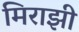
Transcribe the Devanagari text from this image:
मिराझी